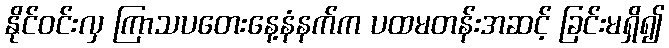
နိုင်ဝင်းလှ ကြာသပတေးနေ့နံနက်က ပထမတန်းအဆင့် ခြင်းမရှိ၍